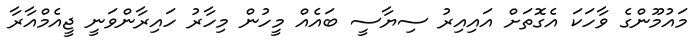
މައުމޫންގެ ވާހަކަ އެގޮތަށް އައިއިރު ސިޔާސީ ބައެއް މީހުން މިހާރު ހައިރާންވަނީ ޖީއެމްއާރާ